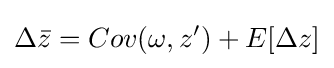
\Delta {\bar {z}}=Cov(\omega ,z')+E[\Delta z]